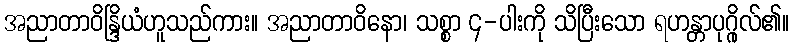
အညာတာဝိန္ဒြိယံဟူသည်ကား။ အညာတာဝိနော၊ သစ္စာ ၄-ပါးကို သိပြီးသော ရဟန္တာပုဂ္ဂိုလ်၏။